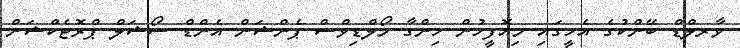
ވާރލްޑް ބޭންކުގެ އެހީގައި މިއޮފީހުން ހިންގާ މޯލްޑިވްސް ޕެންޝަން އެންޑް ސޯޝަލް ޕްރޮޓެކްޝަން